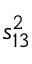
s _ { 1 3 } ^ { 2 }